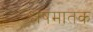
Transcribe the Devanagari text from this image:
श्लेषमातक